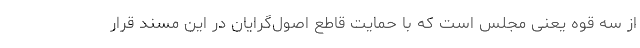
از سه قوه یعنی مجلس است که با حمایت قاطع اصول‌گرایان در این مسند قرار